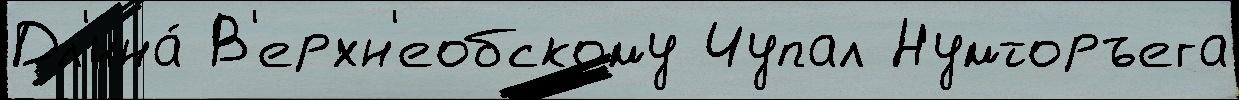
Дл'ина́ В'ерхн'еобскому Чупал Нумторъега